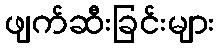
ဖျက်ဆီးခြင်းများ